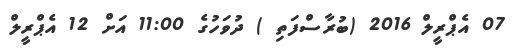
07 އެޕްރީލް 2016 (ބުރާސްފަތި ) ދުވަހުގެ 11:00 އަށް 12 އެޕްރީލް